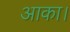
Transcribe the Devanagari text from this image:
आका।